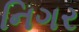
નિગર